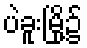
ပဲခူးမြို့၌